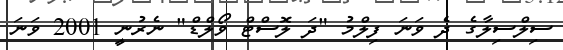
ސިލްސިލާގެ ދެ ވަނަ ފިލްމު "ދަ ލޮސްޓް ވޯލްޑް" ނެރުނީ 2001 ވަނަ